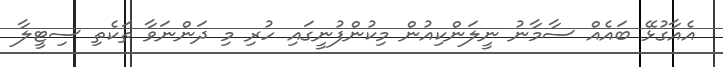
އެއާގުޅޭ ބައެއް ސާމާނު ނީލަންކިއުން މިކުންފުނީގައި ހުރި މި ދަންނަވާ ތަކެތި ސިޓީލާ